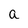
Character: a